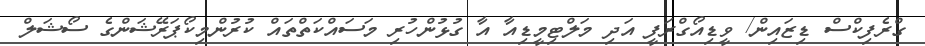
ގްރެފިކްސް ޑިޒައިން/ ވީޑިއޯގްރަފީ އަދި މަލްޓިމީޑިއާ އާ ގުޅުންހުރި މަސައްކަތްތައް ކުރުންމިކޯޕަރޭޝަންގެ ސޯޝަލް